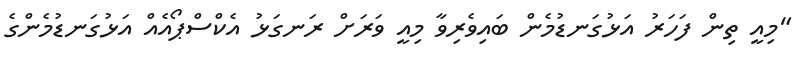
"މިއީ ތިން ފަހަރު އަޅުގަނޑުމެން ބައިވެރިވާ މިއީ ވަރަށް ރަނގަޅު އެކްސްޕޯއެއް އަޅުގަނޑުމެންގެ